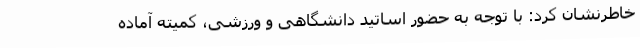
خاطرنشان کرد: با توجه به حضور اساتید دانشگاهی و ورزشی، کمیته آماده